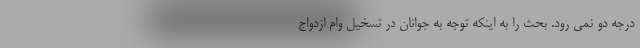
درجه دو نمی رود. بحث را به اینکه توجه به جوانان در تسخیل وام ازدواج